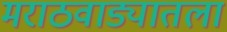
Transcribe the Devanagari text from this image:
मराठवाड्यातला